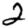
Digit: 2